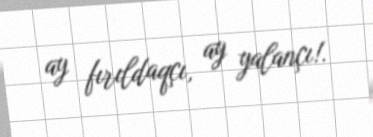
ay fırıldaqçı, ay yalançı!.